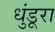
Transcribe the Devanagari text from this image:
धुंडूरा